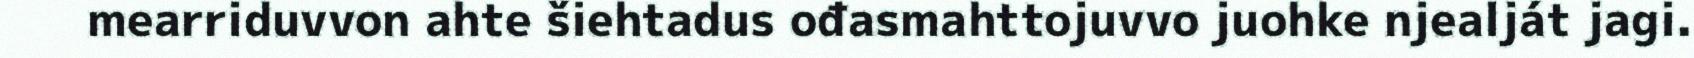
mearriduvvon ahte šiehtadus ođasmahttojuvvo juohke njealját jagi.